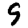
Digit: 9